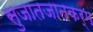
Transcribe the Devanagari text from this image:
सुजातजातकर्म